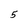
Character: 5